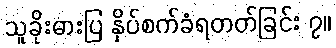
သူခိုးဓားပြ နှိပ်စက်ခံရတတ်ခြင်း ၇။